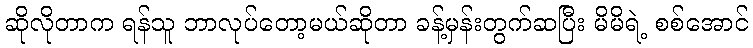
ဆိုလိုတာက ရန်သူ ဘာလုပ်တော့မယ်ဆိုတာ ခန့်မှန်းတွက်ဆပြီး မိမိရဲ့ စစ်အောင်